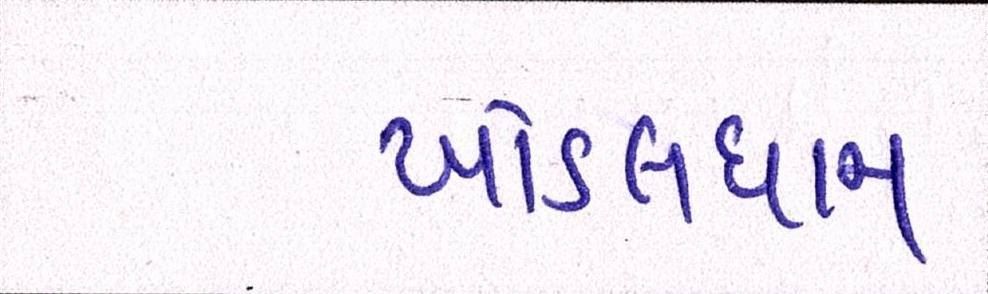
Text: ખોડલધામ